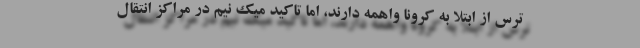
ترس از ابتلا به کرونا واهمه دارند، اما تاکید میک نیم در مراکز انتقال